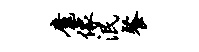
魔像泯餐